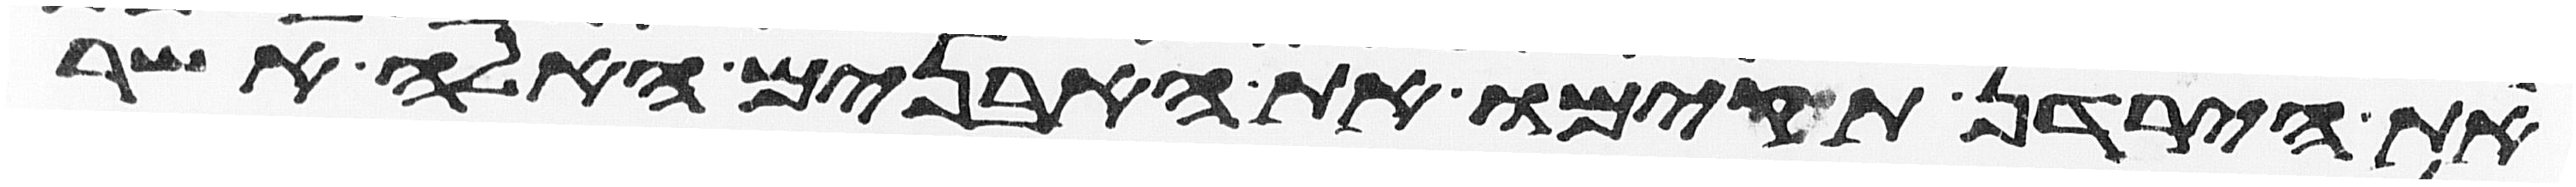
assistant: את הירדן תקימו את האבנים האלה אשר